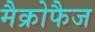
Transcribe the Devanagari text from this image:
मैक्रोफैज